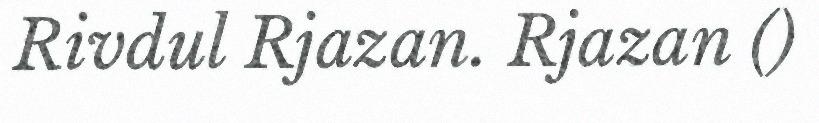
Rivdul Rjazan. Rjazan ()